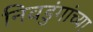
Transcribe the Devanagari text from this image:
निवडुंगांच्या